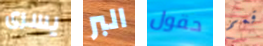
يسرى البر حقول قمم